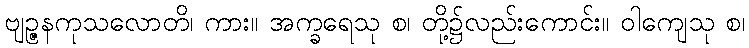
ဗျဉ္ဇနကုသလောတိ၊ ကား။ အက္ခရေသု စ၊ တို့၌လည်းကောင်း။ ဝါကျေသု စ၊